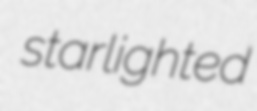
starlighted